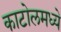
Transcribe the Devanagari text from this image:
काटोलमध्ये